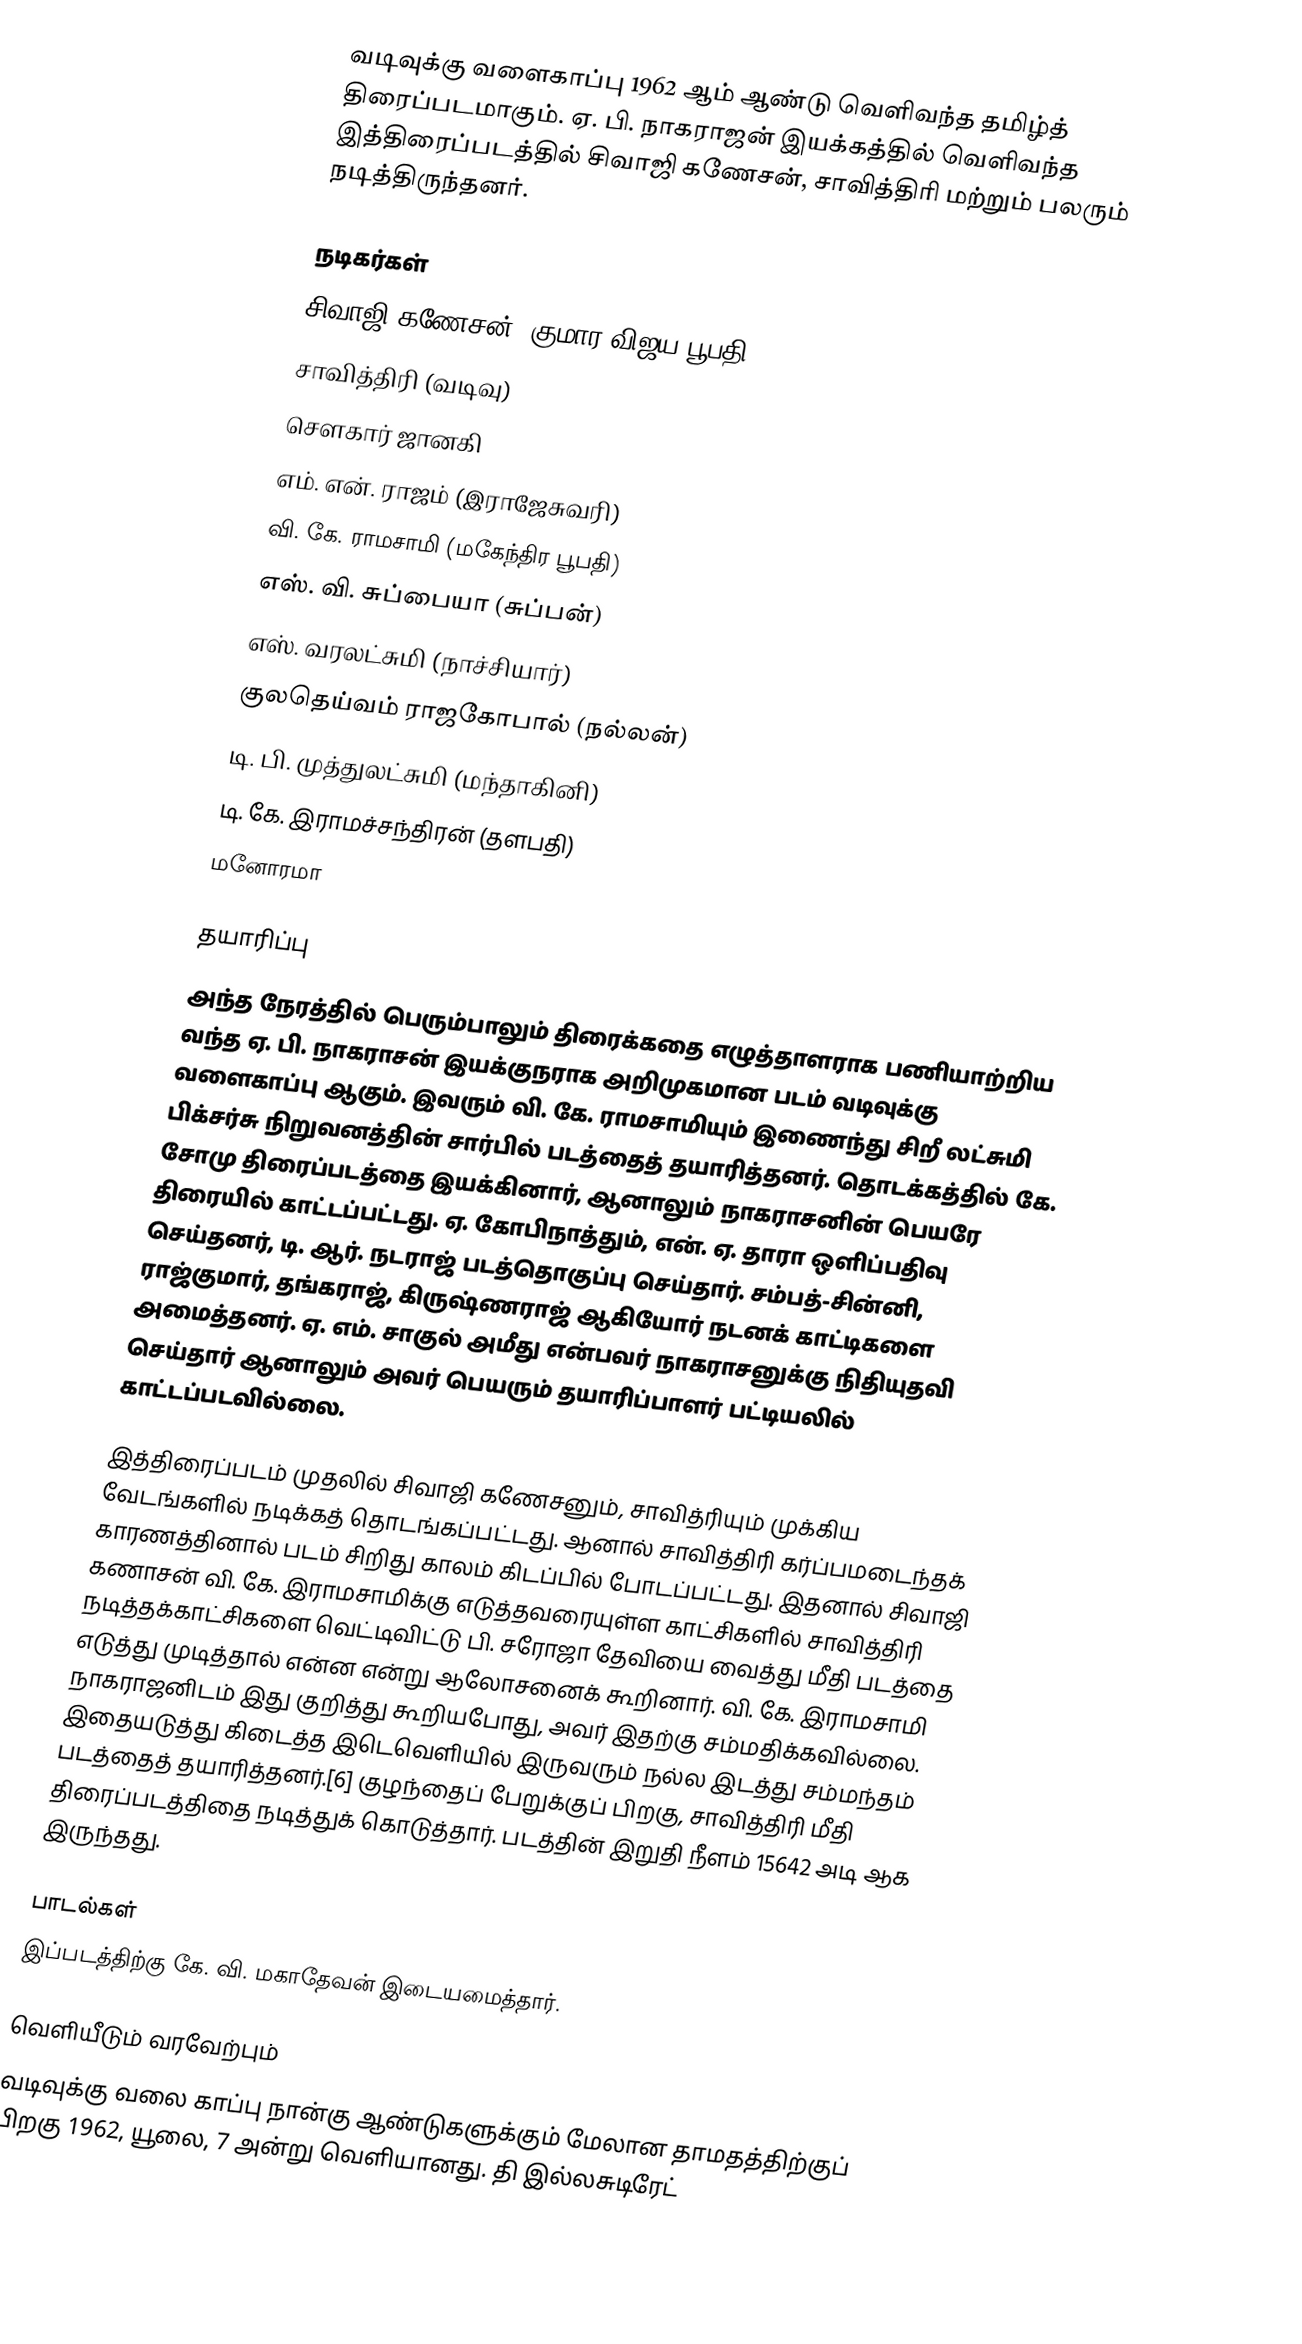
வடிவுக்கு வளைகாப்பு 1962 ஆம் ஆண்டு வெளிவந்த தமிழ்த் திரைப்படமாகும். ஏ. பி. நாகராஜன் இயக்கத்தில் வெளிவந்த இத்திரைப்படத்தில் சிவாஜி கணேசன், சாவித்திரி மற்றும் பலரும் நடித்திருந்தனர்.

நடிகர்கள்
 சிவாஜி கணேசன் (குமார விஜய பூபதி)
 சாவித்திரி (வடிவு)
 சௌகார் ஜானகி
 எம். என். ராஜம் (இராஜேசுவரி)
 வி. கே. ராமசாமி (மகேந்திர பூபதி)
 எஸ். வி. சுப்பையா (சுப்பன்)
 எஸ். வரலட்சுமி (நாச்சியார்)
 குலதெய்வம் ராஜகோபால் (நல்லன்)
 டி. பி. முத்துலட்சுமி (மந்தாகினி)
 டி. கே. இராமச்சந்திரன் (தளபதி)
 மனோரமா

தயாரிப்பு
அந்த நேரத்தில் பெரும்பாலும் திரைக்கதை எழுத்தாளராக பணியாற்றிய வந்த ஏ. பி. நாகராசன் இயக்குநராக அறிமுகமான படம் வடிவுக்கு வளைகாப்பு ஆகும். இவரும் வி. கே. ராமசாமியும் இணைந்து சிறீ லட்சுமி பிக்சர்சு நிறுவனத்தின் சார்பில் படத்தைத் தயாரித்தனர். தொடக்கத்தில் கே. சோமு திரைப்படத்தை இயக்கினார், ஆனாலும் நாகராசனின் பெயரே திரையில் காட்டப்பட்டது. ஏ. கோபிநாத்தும், என். ஏ. தாரா ஒளிப்பதிவு செய்தனர், டி. ஆர். நடராஜ் படத்தொகுப்பு செய்தார். சம்பத்-சின்னி, ராஜ்குமார், தங்கராஜ், கிருஷ்ணராஜ் ஆகியோர் நடனக் காட்டிகளை அமைத்தனர். ஏ. எம். சாகுல் அமீது என்பவர் நாகராசனுக்கு நிதியுதவி செய்தார் ஆனாலும் அவர் பெயரும் தயாரிப்பாளர் பட்டியலில் காட்டப்படவில்லை.

இத்திரைப்படம் முதலில் சிவாஜி கணேசனும், சாவித்ரியும் முக்கிய வேடங்களில் நடிக்கத் தொடங்கப்பட்டது. ஆனால் சாவித்திரி கர்ப்பமடைந்தக் காரணத்தினால் படம் சிறிது காலம் கிடப்பில் போடப்பட்டது. இதனால் சிவாஜி கணாசன் வி. கே. இராமசாமிக்கு எடுத்தவரையுள்ள காட்சிகளில் சாவித்திரி நடித்தக்காட்சிகளை வெட்டிவிட்டு பி. சரோஜா தேவியை வைத்து மீதி படத்தை எடுத்து முடித்தால் என்ன என்று ஆலோசனைக் கூறினார். வி. கே. இராமசாமி நாகராஜனிடம் இது குறித்து கூறியபோது, அவர் இதற்கு சம்மதிக்கவில்லை. இதையடுத்து கிடைத்த இடெவெளியில் இருவரும் நல்ல இடத்து சம்மந்தம் படத்தைத் தயாரித்தனர்.[6] குழந்தைப் பேறுக்குப் பிறகு, சாவித்திரி மீதி திரைப்படத்திதை நடித்துக் கொடுத்தார். படத்தின் இறுதி நீளம் 15642 அடி ஆக இருந்தது.

பாடல்கள்
இப்படத்திற்கு கே. வி. மகாதேவன் இடையமைத்தார்.

வெளியீடும் வரவேற்பும்
வடிவுக்கு வலை காப்பு நான்கு ஆண்டுகளுக்கும் மேலான தாமதத்திற்குப் பிறகு 1962, யூலை, 7 அன்று வெளியானது. தி இல்லசுடிரேட்